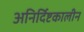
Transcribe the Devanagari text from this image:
अनिर्दिष्टकालीन